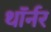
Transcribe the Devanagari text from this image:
थॉर्नर